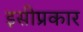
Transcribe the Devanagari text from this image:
इसीप्रकार